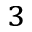
^ 3